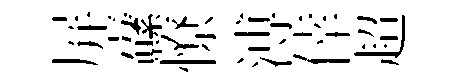
屏纛憭溥倖超